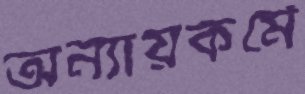
অন্যায়কর্মে